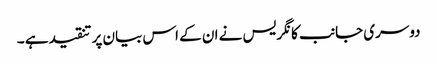
دوسری جانب کانگریس نے ان کے اس بیان پر تنقیدہے ۔